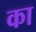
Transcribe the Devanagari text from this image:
का